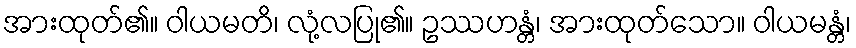
အားထုတ်၏။ ဝါယမတိ၊ လုံ့လပြု၏။ ဥဿဟန္တံ၊ အားထုတ်သော။ ဝါယမန္တံ၊